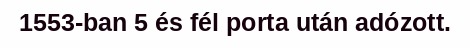
1553-ban 5 és fél porta után adózott.